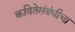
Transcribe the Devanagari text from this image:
कवितेसंबंधीचा